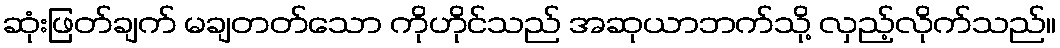
ဆုံးဖြတ်ချက် မချတတ်သော ကိုဟိုင်သည် အဆုယာဘက်သို့ လှည့်လိုက်သည်။